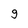
Character: 9